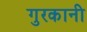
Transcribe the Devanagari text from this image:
गुरकानी